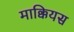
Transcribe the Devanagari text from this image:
माक्कियस